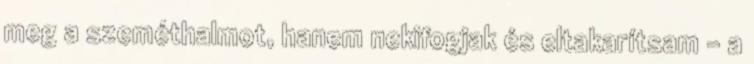
meg a szeméthalmot, hanem nekifogjak és eltakarítsam – a